Eesti_Rahvusfond, lk 14
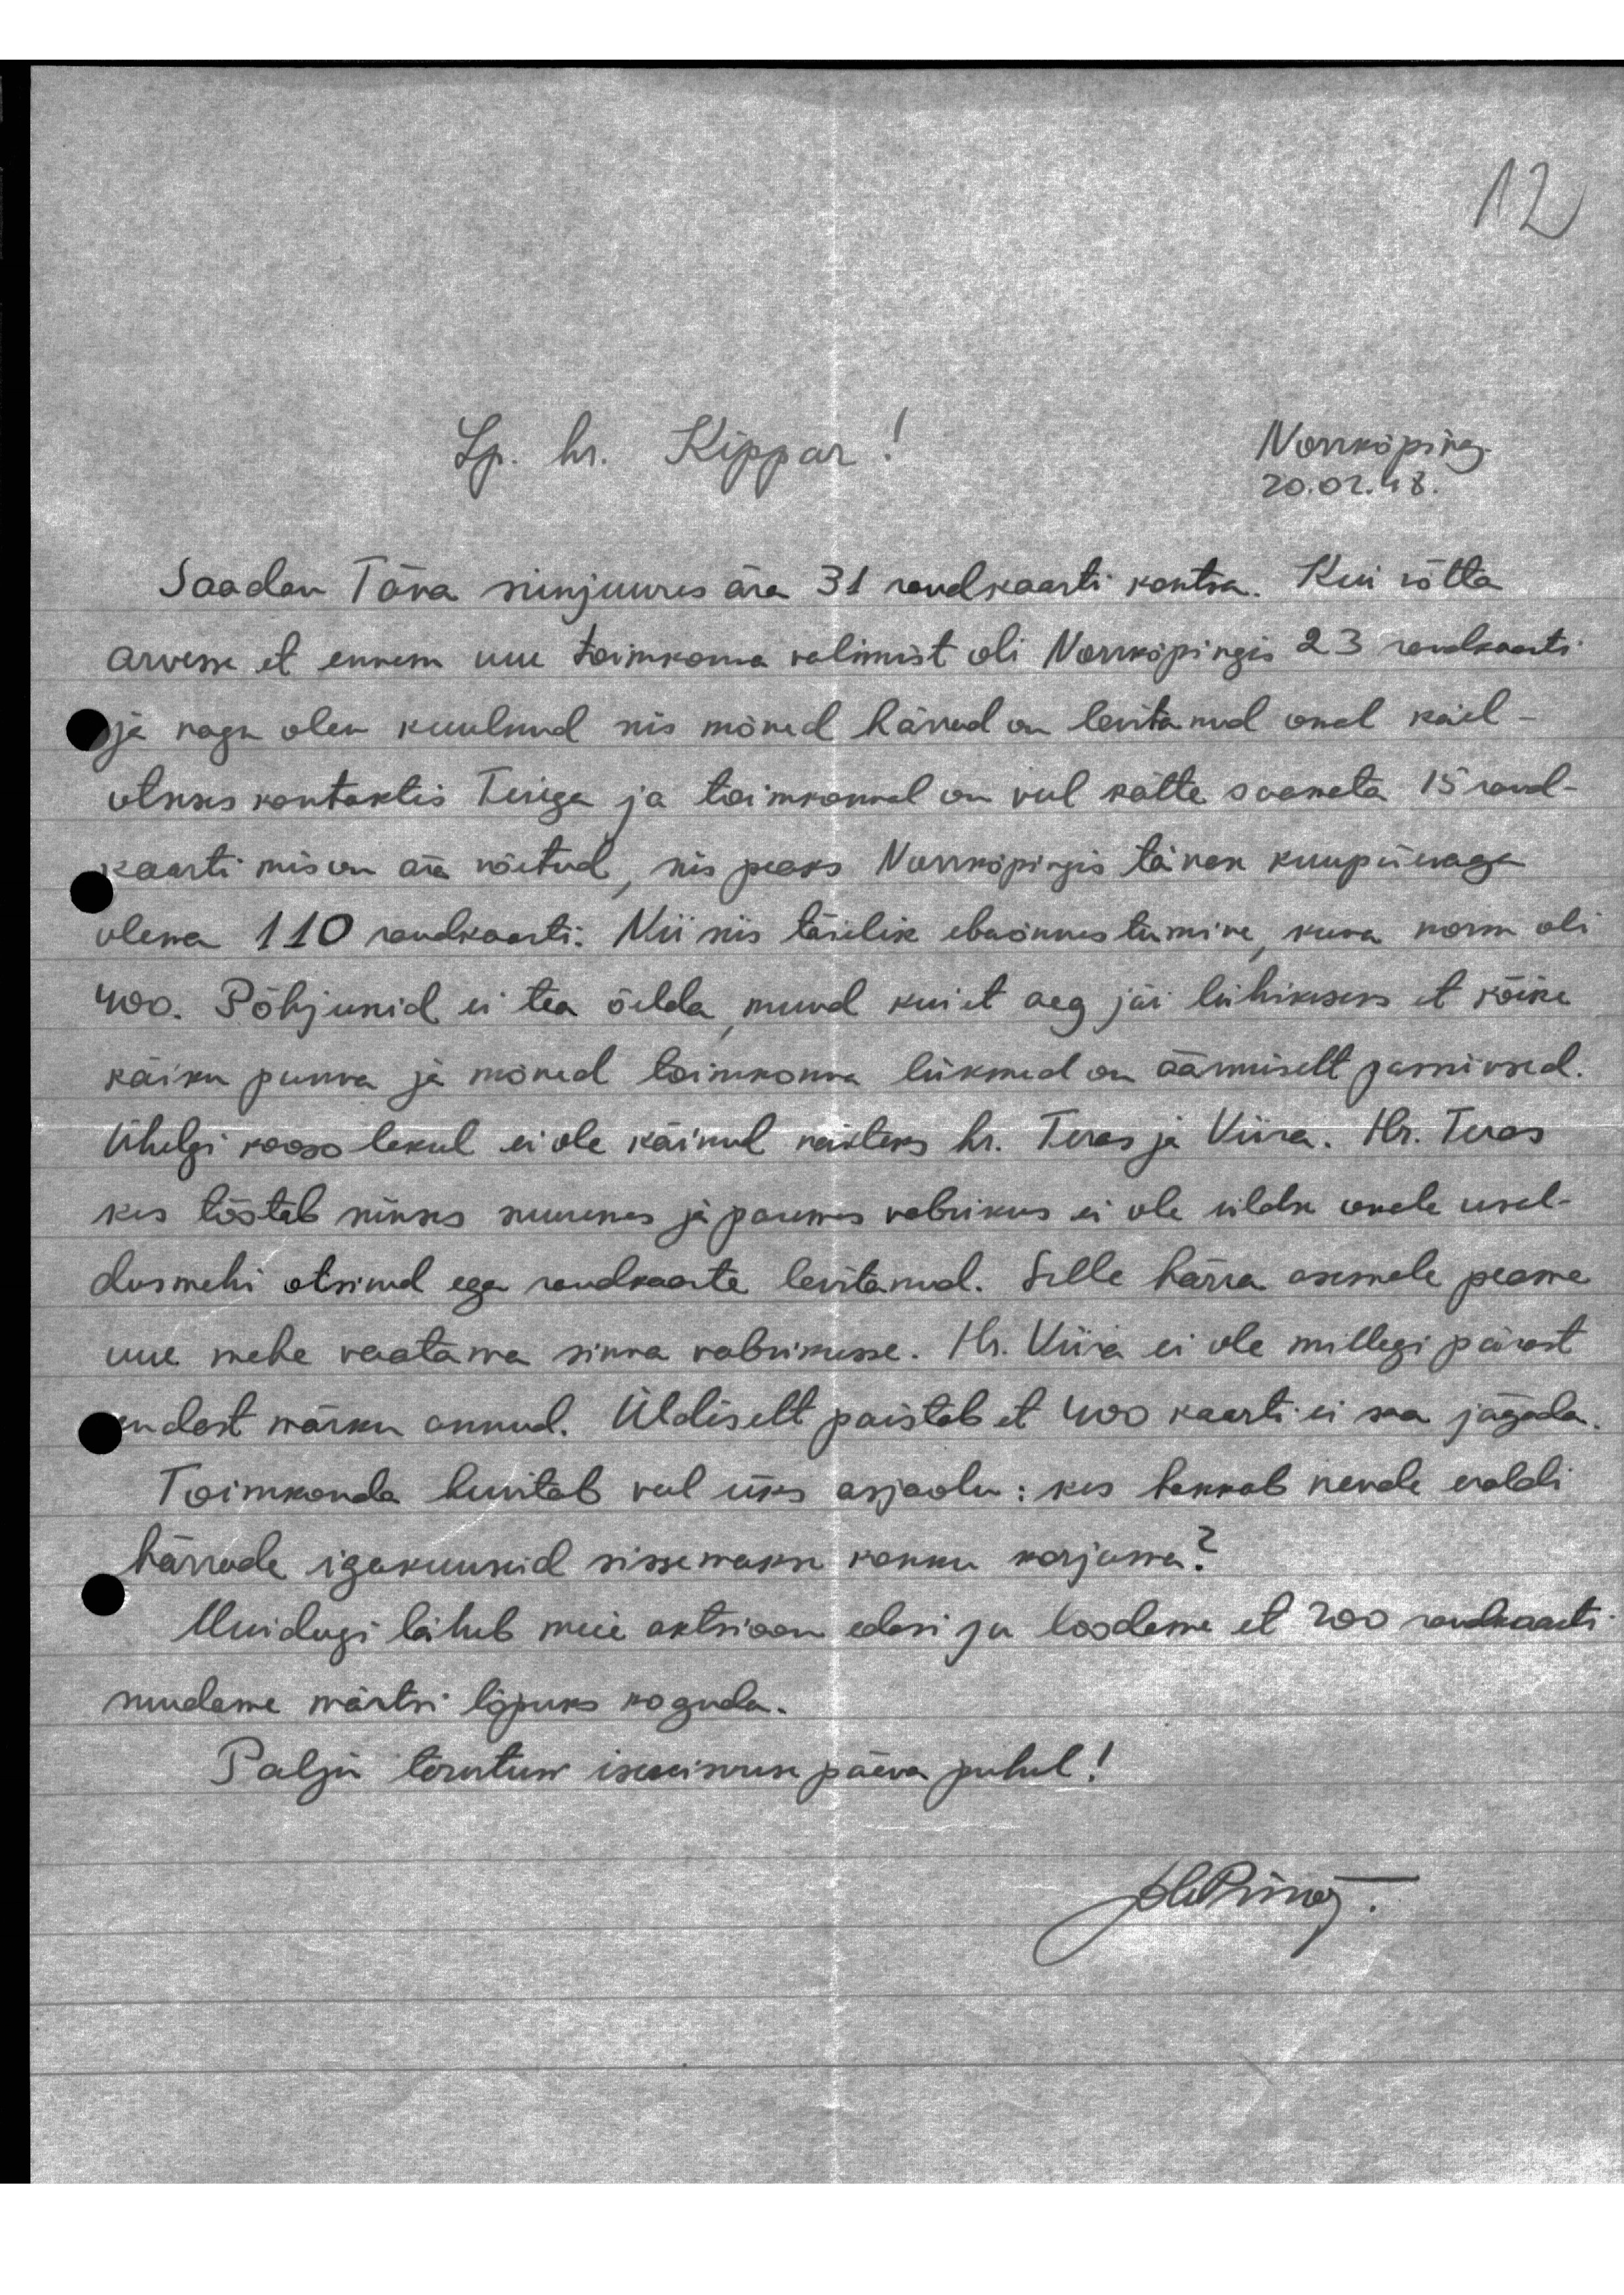
Lp. hr. Kippar!
Norrköping
20.02.48.
Saadan Täna sinjuures ära 31 raudkaarti kontsu. Kui võtta
arvesse et ennem uue toimkonna valimist oli Norrköpingis 23 raudkaarti
ja nagu olen kuulnud mis mõned härrad on levitanud omel käel
otsuses kontaktis Teiega ja toimkonnal on veel kätte saamata 15 raud-
kaarti mis on ära võetud, siis peaks Norrköpingis tänase kuupäevaga
olewa 110 raudkaarti. Nii siis täielik ebaõnnestumine, kuna norm oli
400. Põhjusid ei tea öelda, muud kui et aeg jäi lühikeseks et kõike
käiku panna ja mõned toimkonna liikmed on äärmiselt passivsed.
Ühelgi koosolekul ei ole käinud näiteks hr. Teras ja Viira. Hr. Teras
kes töötab siinses suuremas ja paremas vabrikus ei ole üldse omale usal-
dusmehi otsinud ega raudkaarte levitanud. Selle härra asemele peame
uue mehe vaatama sinna vabrikusse. H. Viira ei ole millegi pärast
endest märku annud. Üldiselt paistab et 400 kaarti ei saa jägada.
Toimkonda huvitab veel üks asjaolu: kes hakkab nende eraldi
härrade igakuuseid sissemakse kokku korjama?
Muidugi läheb meie aktioon edasi ja loodame et 200 raudkaarti
suudame märtsi lõpuks koguda.
Palju tervitusi iseseiswuse päeva puhul!
Pleping